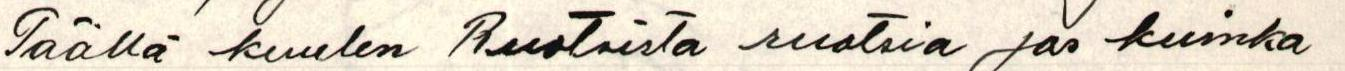
Täällä kuulen Ruotsista ruotsia ja kuinka